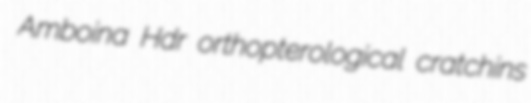
Amboina Hdr orthopterological cratchins